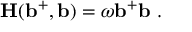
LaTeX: { \bf H ( b ^ { + } , b ) } = \omega { \bf b ^ { + } b } \ .